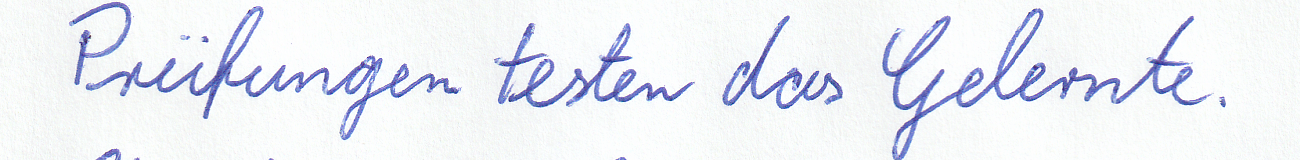
Prüfungen testen das Gelernte.